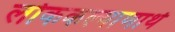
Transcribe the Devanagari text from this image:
लोककल्याणार्थ